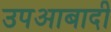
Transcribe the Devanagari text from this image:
उपआबादी